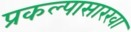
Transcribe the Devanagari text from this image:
प्रकल्पासारखा